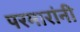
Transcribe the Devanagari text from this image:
परमारांनी